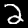
Digit: 2